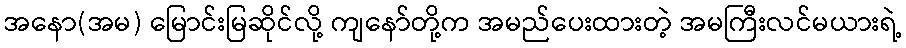
အနော(အမ) မြောင်းမြဆိုင်လို့ ကျနော်တို့က အမည်ပေးထားတဲ့ အမကြီးလင်မယားရဲ့